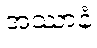
အဿာနံ